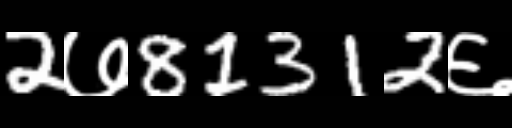
Text: 2७81312६